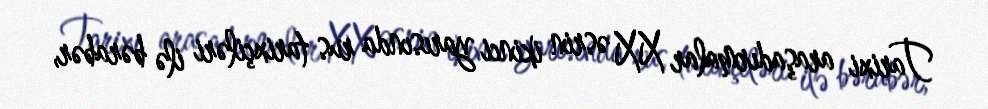
Tarixi araşadırmalar XX əsrin ikinci yarısında rus tarixçiləri ilə bərabər,